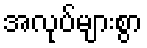
အလုပ်များစွာ